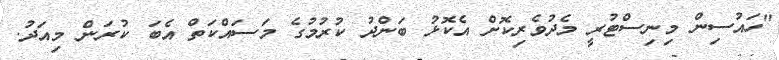
"ހައުސިން މިނިސްޓުރީ މެދުވެރިކޮށް އެކޮޅު ބަންދު ކުރުމުގެ މަސައްކަތް އެބަ ކުރަން މިއަދު.